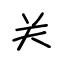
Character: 关